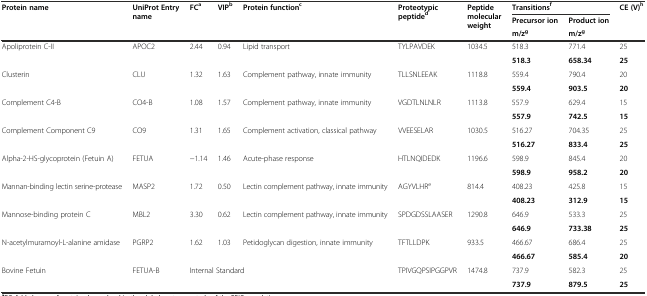
<table><thead><tr><td rowspan="3"><b>Protein name</b></td><td rowspan="3"><b>UniProt Entry name</b></td><td rowspan="3"><b>FC<sup>a</sup></b></td><td rowspan="3"><b>VIP<sup>b</sup></b></td><td rowspan="3"><b>Protein function<sup>c</sup></b></td><td rowspan="3"><b>Proteotypic peptide<sup>d</sup></b></td><td rowspan="3"><b>Peptide molecular weight</b></td><td colspan="2"><b>Transitions<sup>f</sup></b></td><td rowspan="3"><b>CE (V)<sup>h</sup></b></td></tr><tr><td><b>Precursor ion</b></td><td><b>Product ion</b></td></tr><tr><td><b>m/z<sup>g</sup></b></td><td><b>m/z<sup>g</sup></b></td></tr></thead><tbody><tr><td rowspan="2">Apoliprotein C-II</td><td rowspan="2">APOC2</td><td rowspan="2">2.44</td><td rowspan="2">0.94</td><td rowspan="2">Lipid transport</td><td rowspan="2">TYLPAVDEK</td><td rowspan="2">1034.5</td><td>518.3</td><td>771.4</td><td>25</td></tr><tr><td><b>518.3</b></td><td><b>658.34</b></td><td><b>25</b></td></tr><tr><td rowspan="2">Clusterin</td><td rowspan="2">CLU</td><td rowspan="2">1.32</td><td rowspan="2">1.63</td><td rowspan="2">Complement pathway, innate immunity</td><td rowspan="2">TLLSNLEEAK</td><td rowspan="2">1118.8</td><td>559.4</td><td>790.4</td><td>20</td></tr><tr><td><b>559.4</b></td><td><b>903.5</b></td><td><b>20</b></td></tr><tr><td rowspan="2">Complement C4-B</td><td rowspan="2">CO4-B</td><td rowspan="2">1.08</td><td rowspan="2">1.57</td><td rowspan="2">Complement pathway, innate immunity</td><td rowspan="2">VGDTLNLNLR</td><td rowspan="2">1113.8</td><td>557.9</td><td>629.4</td><td>15</td></tr><tr><td><b>557.9</b></td><td><b>742.5</b></td><td><b>15</b></td></tr><tr><td rowspan="2">Complement Component C9</td><td rowspan="2">CO9</td><td rowspan="2">1.31</td><td rowspan="2">1.65</td><td rowspan="2">Complement activation, classical pathway</td><td rowspan="2">VVEESELAR</td><td rowspan="2">1030.5</td><td>516.27</td><td>704.35</td><td>25</td></tr><tr><td><b>516.27</b></td><td><b>833.4</b></td><td><b>25</b></td></tr><tr><td rowspan="2">Alpha-2-HS-glycoprotein (Fetuin A)</td><td rowspan="2">FETUA</td><td rowspan="2">−1.14</td><td rowspan="2">1.46</td><td rowspan="2">Acute-phase response</td><td rowspan="2">HTLNQIDEDK</td><td rowspan="2">1196.6</td><td>598.9</td><td>845.4</td><td>20</td></tr><tr><td><b>598.9</b></td><td><b>958.2</b></td><td><b>20</b></td></tr><tr><td rowspan="2">Mannan-binding lectin serine-protease</td><td rowspan="2">MASP2</td><td rowspan="2">1.72</td><td rowspan="2">0.50</td><td rowspan="2">Lectin complement pathway, innate immunity</td><td rowspan="2">AGYVLHR<sup>e</sup></td><td rowspan="2">814.4</td><td>408.23</td><td>425.8</td><td>15</td></tr><tr><td><b>408.23</b></td><td><b>312.9</b></td><td><b>15</b></td></tr><tr><td rowspan="2">Mannose-binding protein C</td><td rowspan="2">MBL2</td><td rowspan="2">3.30</td><td rowspan="2">0.62</td><td rowspan="2">Lectin complement pathway, innate immunity</td><td rowspan="2">SPDGDSSLAASER</td><td rowspan="2">1290.8</td><td>646.9</td><td>533.3</td><td>25</td></tr><tr><td><b>646.9</b></td><td><b>733.38</b></td><td><b>25</b></td></tr><tr><td rowspan="2">N-acetylmuramoyl-L-alanine amidase</td><td rowspan="2">PGRP2</td><td rowspan="2">1.62</td><td rowspan="2">1.03</td><td rowspan="2">Petidoglycan digestion, innate immunity</td><td rowspan="2">TFTLLDPK</td><td rowspan="2">933.5</td><td>466.67</td><td>686.4</td><td>25</td></tr><tr><td><b>466.67</b></td><td><b>585.4</b></td><td><b>20</b></td></tr><tr><td rowspan="2">Bovine Fetuin</td><td rowspan="2">FETUA-B</td><td rowspan="2" colspan="3">Internal Standard</td><td rowspan="2">TPIVGQPSIPGGPVR</td><td rowspan="2">1474.8</td><td>737.9</td><td>582.3</td><td>25</td></tr><tr><td><b>737.9</b></td><td><b>879.5</b></td><td><b>25</b></td></tr></tbody></table>